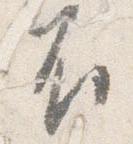
不